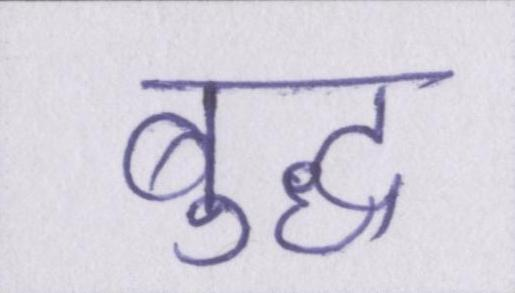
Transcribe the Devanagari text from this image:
बुद्ध